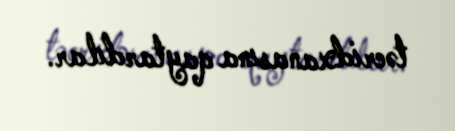
təcridxanasına qaytardılar.